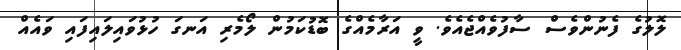
ލޮލުގެ ފެނުންވެސް ސާފުވެއްޖެއެވެ. ވީ އަރާމެއްގެ ބޮޑުކަމުން ލޯމެރި އަނގަ ހުޅުވައިލައިފައި ވައެއް